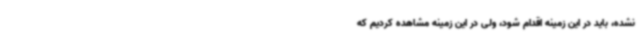
نشده، باید در این زمینه اقدام شود، ولی در این زمینه مشاهده کردیم که